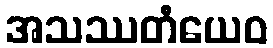
အသဿတံယေဝ